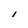
Character: I